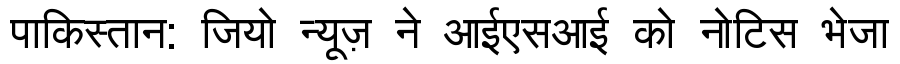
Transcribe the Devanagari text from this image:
पाकिस्तान: जियो न्यूज़ ने आईएसआई को नोटिस भेजा